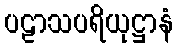
ပဠာသပရိယုဋ္ဌာနံ